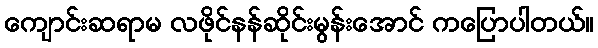
ကျောင်းဆရာမ လဖိုင်နန်ဆိုင်းမွန်းအောင် ကပြောပါတယ်။